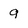
Character: g